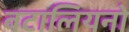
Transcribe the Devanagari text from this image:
बटालियनो